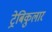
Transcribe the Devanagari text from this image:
ट्रेबिकुलार